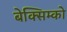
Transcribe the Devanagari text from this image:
बेक्सिम्को